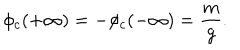
\phi _ { c } ( + \infty ) = - \phi _ { c } ( - \infty ) = \frac { m } { g } .